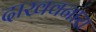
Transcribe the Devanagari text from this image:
दाखवनारा